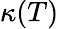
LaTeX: \kappa(T)